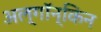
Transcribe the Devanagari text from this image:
अल्गॉन्किन